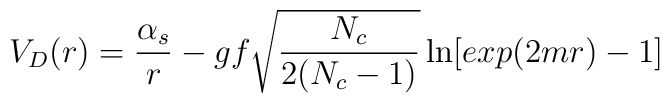
V_D(r)={\alpha_s \over r}-gf\sqrt{N_c\over{2(N_c-1)}}\ln[exp(2mr)-1]\qquad